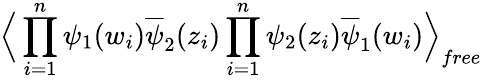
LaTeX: \Big\langle\prod_{i=1}^{n}\psi_{1}(w_{i})\overline{{{\psi}}}_{2}(z_{i})\prod_{i=1}^{n}\psi_{2}(z_{i})\overline{{{\psi}}}_{1}(w_{i})\Big\rangle_{free}